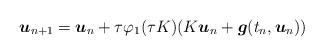
LaTeX: \begin{align*} \boldsymbol u_{n+1}=\boldsymbol u_n+ \tau\varphi_1(\tau K)(K\boldsymbol u_n+\boldsymbol g(t_n,\boldsymbol u_n))\end{align*}